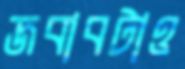
জবাবটাও